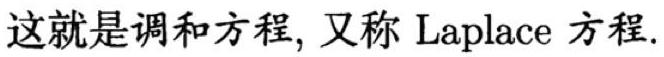
这就是调和方程, 又称 Laplace 方程.